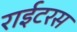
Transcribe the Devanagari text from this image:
राईटरस